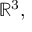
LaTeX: \mathbb { R } ^ { 3 } ,